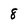
Character: 8